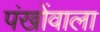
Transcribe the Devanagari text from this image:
पंखोंवाला